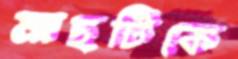
মাছটিকে